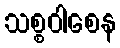
သစ္စဝါစေန